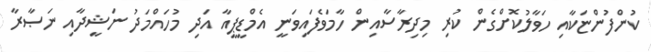
ކުންފުންޏަކާއި ހަވާލުކޮށްގެން ކުރި މިދިރާސާއިން ހާމަވެފައިވަނީ އެމްޑީޕީއާ އަދި މުހައްމަދު ނަޝީދާއި ނަޞާރާ